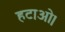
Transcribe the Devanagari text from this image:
हटाओ।